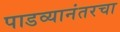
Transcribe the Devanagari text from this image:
पाडव्यानंतरचा